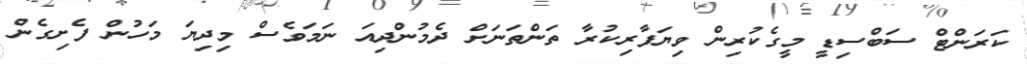
ކަރަންޓް ސަބްސިޑީ މީގެކުރިން ވިޔަފާރިކުރާ ތަންތަނަށް ދެމުންދިއަ ނަމަވެސް މިދިޔަ މަހުން ފެށިގެން